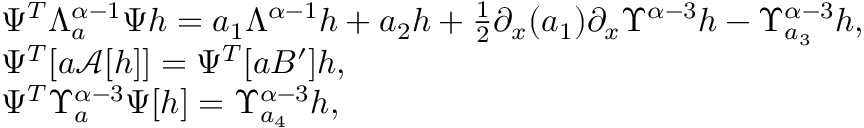
\begin{array} { r l } & { \Psi ^ { T } \Lambda _ { a } ^ { \alpha - 1 } \Psi h = a _ { 1 } \Lambda ^ { \alpha - 1 } h + a _ { 2 } h + \frac { 1 } { 2 } \partial _ { x } ( a _ { 1 } ) \partial _ { x } \Upsilon ^ { \alpha - 3 } h - \Upsilon _ { a _ { 3 } } ^ { \alpha - 3 } h , } \\ & { \Psi ^ { T } [ a \mathcal { A } [ h ] ] = \Psi ^ { T } [ a B ^ { \prime } ] h , } \\ & { \Psi ^ { T } \Upsilon _ { a } ^ { \alpha - 3 } \Psi [ h ] = \Upsilon _ { a _ { 4 } } ^ { \alpha - 3 } h , } \end{array}